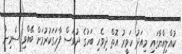
ކުއްލިއްޔާގައި މިއަދު ހަވީރު އޮތް ދިވެހި ބަހުގެ ދުވަސް ފާހަގަކުރުމަށް ބޭއްވި ސެމިނާ